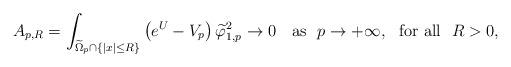
LaTeX: \begin{align*}A_{p,R}=\int_{\widetilde{\Omega}_p\cap\{|x|\leq R\}}\left(e^U- V_p\right)\widetilde{\varphi}_{1,p}^2\rightarrow 0\ \ \mbox{ as }\ p\rightarrow +\infty, \ \mbox{ for all }\ R>0,\end{align*}